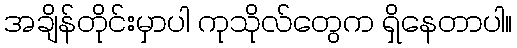
အချိန်တိုင်းမှာပါ ကုသိုလ်တွေက ရှိနေတာပါ။